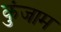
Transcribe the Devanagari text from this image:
कुंजाम